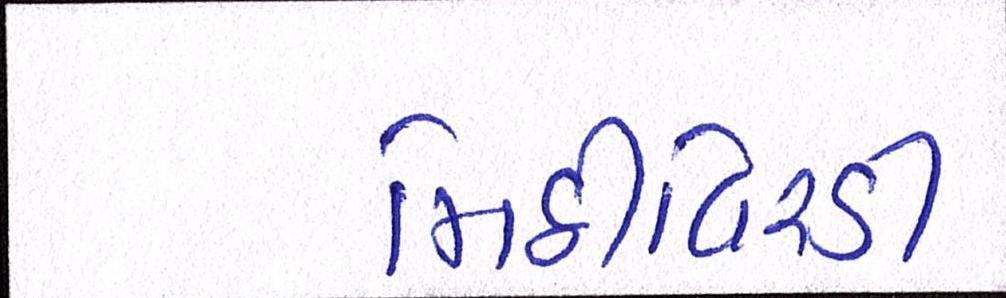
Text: મિઠીવિરડી